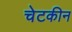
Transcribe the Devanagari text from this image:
चेटकीन